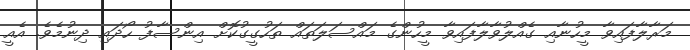
މަރާލާފައިވާ މީހުނާއި ގެއްލުވާލާފައިވާ މީހުންގެ މައްސަލަތައް ތަހުގީގުކޮށް އިންސާފު ހޯދައި ދިނުމެވެ. އެއީ